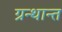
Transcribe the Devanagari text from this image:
ग्रन्थान्त